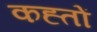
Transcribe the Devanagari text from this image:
कह्तों